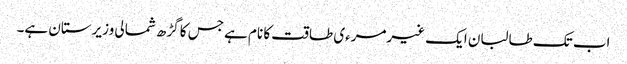
اب تک طالبان ایک غیرمرءی طاقت کا نام ہے جس کا گڑھ شمالی وزیرستان ہے۔